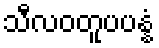
သီလဝတူပပန္နံ